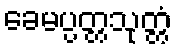
ခေမပ္ပတ္တသုတ္တံ